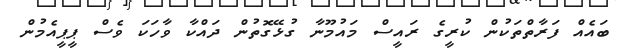
ބައެއް ފަރާތްތަކުން ކުރީގެ ރައީސް މައުމޫނާ ގުޅޭގޮތުން ދައްކާ ވާހަކަ ވެސް ޕީޕީއެމުން